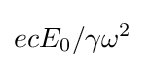
ecE_{0}/\gamma \omega ^{2}